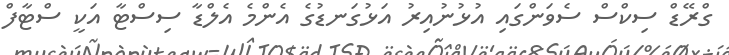
ގްރޭޑް ސިކްސް ސެވަންގައި އުޅުނުއިރު އަޅުގަނޑުގެ އެންމެ އެލްޑާ ސިސްޓާ އަކީ ސްޓާފް